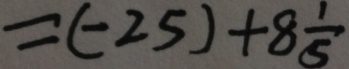
= ( - 2 5 ) + 8 \frac { 1 } { 5 }